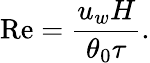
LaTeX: \mathrm{Re}=\frac{u_{w}H}{\theta_{0}\tau}.